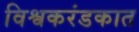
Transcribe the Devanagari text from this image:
विश्वकरंडकात